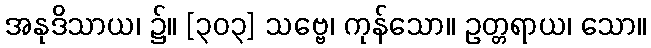
အနုဒိသာယ၊ ၌။ [၃၀၃] သဗ္ဗေ၊ ကုန်သော။ ဥတ္တရာယ၊ သော။